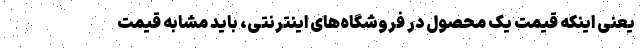
یعنی اینکه قیمت یک محصول در فروشگاه‌های اینترنتی، باید مشابه قیمت